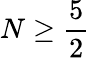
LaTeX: N\geq\frac 52